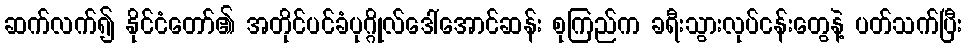
ဆက်လက်၍ နိုင်ငံတော်၏ အတိုင်ပင်ခံပုဂ္ဂိုလ်ဒေါ်အောင်ဆန်း စုကြည်က ခရီးသွားလုပ်ငန်းတွေနဲ့ ပတ်သက်ပြီး